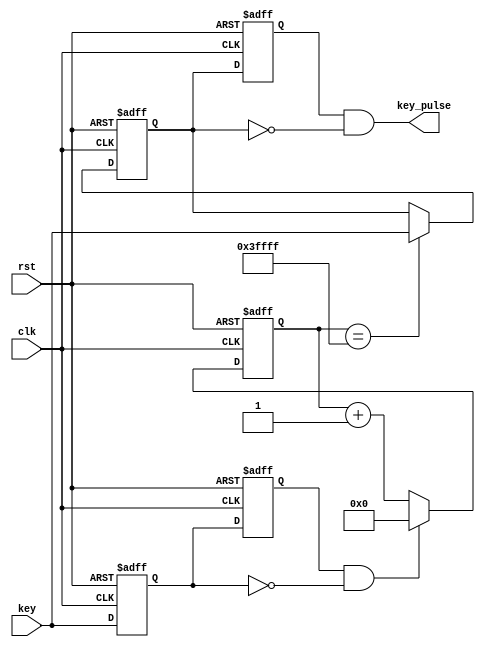
module debounce (clk,rst,key,key_pulse); //
 
	input clk;
	input rst;
	input key;
	
	output key_pulse;//
 
	reg key_1st_pre;//
	reg key_1st;//
 
	wire key_edge;//
 
	always@(posedge clk or negedge rst)begin
		if(!rst)
		begin
			key_1st_pre <= 1'b1;//1
			key_1st <= 1'b1;
		end
		else begin
			key_1st <= key;//key_1st key
			key_1st_pre <= key_1st;//key_1st_prekey
		end
	end
 
	assign key_edge = key_1st_pre & (~key_1st);
		//key,key_edge(1/12us)
 
	reg [17:0] cnt;//.12MHz,1/12us,20ms,18
 
	always@(posedge clk or negedge rst)
	begin
		if(!rst)
			cnt <= 18'h0;
		else if(key_edge)//key_edge 
			cnt <= 18'h0;
		else//
			cnt <= cnt + 1'h1;
	end
 
	reg key_2nd_pre;//
	reg key_2nd;
 
	always@(posedge clk or negedge rst)begin
		if(!rst)
			key_2nd <= 1'b1;
		else if(cnt==18'h3ffff)//20ms
			key_2nd <= key;//key_2nd
	end
 
	always@(posedge clk or negedge rst)begin
		if(!rst)
			key_2nd_pre <= 1'b1;
		else
			key_2nd_pre <= key_2nd;
	end
	//. 
	assign key_pulse = key_2nd_pre & (~key_2nd);
 
endmodule

module safe(clk,rst,key,sw_pwd,led,sega,segb); //
 
	input clk;
	input rst;
	input key;//
	input [3:0] sw_pwd;//
	
	output [1:0] led;//
	output [8:0] sega;//
	output [8:0] segb;
 
	parameter password = 4'b1001;//
	
	reg [1:0] sgn;//,6()
	reg [8:0] seg [3:0];//9,
	reg [8:0] seg_data [1:0];//
	reg [1:0] cnt;//,
	reg lock;//,

	wire cfm_dbs;//
 
	initial begin
	seg[0] <= 9'h3f;//0
	seg[1] <= 9'h06;//1
	seg[2] <= 9'h5b;//2
	seg[3] <= 9'h4f;//3
	seg_data[0] <= 9'h3f;//0
	seg_data[1] <= 9'h3f;
	cnt <= 2'b11;//3
	end
 
	always @ (posedge clk or negedge rst)//
	begin
		if(!rst)
		begin
			sgn <= 2'b11;//
			seg_data[0] <= seg[3];//3
			seg_data[1] <= seg[0];//0
			cnt <= 2'b11;//3
			lock <= 1'b1;//
			end
		else if(cfm_dbs && lock)//, ,
		begin
			if(sw_pwd == password)
			begin//
				sgn <= 2'b10;//
				seg_data[0] <= 9'h77;// 0
				seg_data[1] <= 9'h39;
				lock <= 0;//,
				end
			else if(cnt == 2'b11)
			begin//
				sgn <= 2'b01;//
				seg_data[0] <= seg[2];//2
				cnt <= 2'b10;//2
				end
			else if(cnt == 2'b10) 
			begin
				sgn <= 2'b01;//
				seg_data[0] <= seg[1];//1
				cnt <= 2'b01;//1
				end
			else if(cnt == 2'b01)
			begin
				sgn <= 2'b00;//
				seg_data[0] <= seg[0];//0
				lock <= 0;//
				end
			end
	end
 
	assign led = sgn;//  
	assign sega = seg_data[0];//
	assign segb = seg_data[1];//0
 
	debounce key_dbs (
		//
		.clk (clk),
		.rst (rst),
		.key (key),
		.key_pulse (cfm_dbs));
 
endmodule